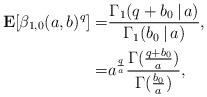
LaTeX: \begin{align*}{\bf E}[\beta_{1,0}(a, b)^q] = & \frac{\Gamma_1(q+b_0\,|\,a)}{\Gamma_1(b_0\,|\,a)}, \\= & a^{\frac{q}{a}} \frac{\Gamma(\frac{q+b_0}{a})}{\Gamma(\frac{b_0}{a})}, \end{align*}